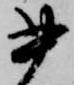
書